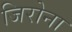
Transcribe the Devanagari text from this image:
जिरोना